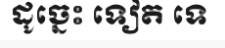
ដូច្នេះ ទៀត ទេ